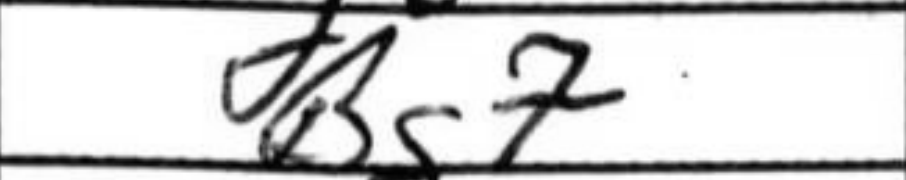
Transcription: Bg7